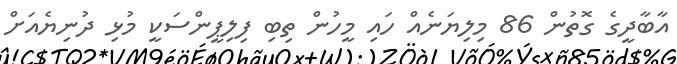
އާބާދީގެ ގޮތުން 86 މިލިޔަނެއް ހައި މީހުން ތިބި ފިލިޕީންސަކީ މުޅި ދުނިޔެއަށް